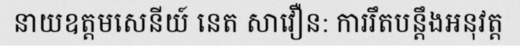
នាយឧត្តមសេនីយ៍ នេត សាវឿន: ការរឹតបន្តឹងអនុវត្ត